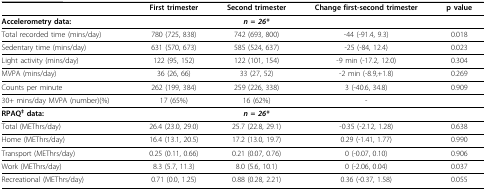
<table><thead><tr><td></td><td><b>First trimester</b></td><td><b>Second trimester</b></td><td><b>Change first-second trimester</b></td><td><b>p value</b></td></tr></thead><tbody><tr><td><b>Accelerometry data:</b></td><td></td><td><b><i>n = 26*</i></b></td><td></td><td></td></tr><tr><td>Total recorded time (mins/day)</td><td>780 (725, 838)</td><td>742 (693, 800)</td><td>-44 (-91.4, 9.3)</td><td>0.018</td></tr><tr><td>Sedentary time (mins/day)</td><td>631 (570, 673)</td><td>585 (524, 637)</td><td>-25 (-84, 12.4)</td><td>0.023</td></tr><tr><td>Light activity (mins/day)</td><td>122 (95, 152)</td><td>122 (101, 154)</td><td>-9 min (-17.2, 12.0)</td><td>0.304</td></tr><tr><td>MVPA (mins/day)</td><td>36 (26, 66)</td><td>33 (27, 52)</td><td>-2 min (-8.9,+1.8)</td><td>0.269</td></tr><tr><td>Counts per minute</td><td>262 (199, 384)</td><td>259 (226, 338)</td><td>3 (-40.6, 34.8)</td><td>0.909</td></tr><tr><td>30+ mins/day MVPA (number)(%)</td><td>17 (65%)</td><td>16 (62%)</td><td>-</td><td></td></tr><tr><td><b>RPAQ<sup>‡ </sup>data:</b></td><td></td><td><b><i>n = 26*</i></b></td><td></td><td></td></tr><tr><td>Total (METhrs/day)</td><td>26.4 (23.0, 29.0)</td><td>25.7 (22.8, 29.1)</td><td>-0.35 (-2.12, 1.28)</td><td>0.638</td></tr><tr><td>Home (METhrs/day)</td><td>16.4 (13.1, 20.5)</td><td>17.2 (13.0, 19.7)</td><td>0.29 (-1.41, 1.77)</td><td>0.990</td></tr><tr><td>Transport (METhrs/day)</td><td>0.25 (0.11, 0.66)</td><td>0.21 (0.07, 0.76)</td><td>0 (-0.07, 0.10)</td><td>0.906</td></tr><tr><td>Work (METhrs/day)</td><td>8.3 (5.7, 11.3)</td><td>8.0 (5.6, 10.1)</td><td>0 (-2.06, 0.04)</td><td>0.037</td></tr><tr><td>Recreational (METhrs/day)</td><td>0.71 (0.0, 1.25)</td><td>0.88 (0.28, 2.21)</td><td>0.36 (-0.37, 1.58)</td><td>0.055</td></tr></tbody></table>